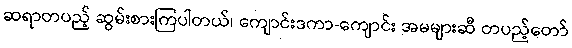
ဆရာတပည့် ဆွမ်းစားကြပါတယ်၊ ကျောင်းဒကာ-ကျောင်း အမများဆီ တပည့်တော်